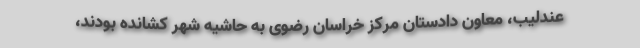
عندلیب، معاون دادستان مرکز خراسان رضوی به حاشیه شهر کشانده بودند،